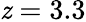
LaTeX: \mathit{z}=3.3